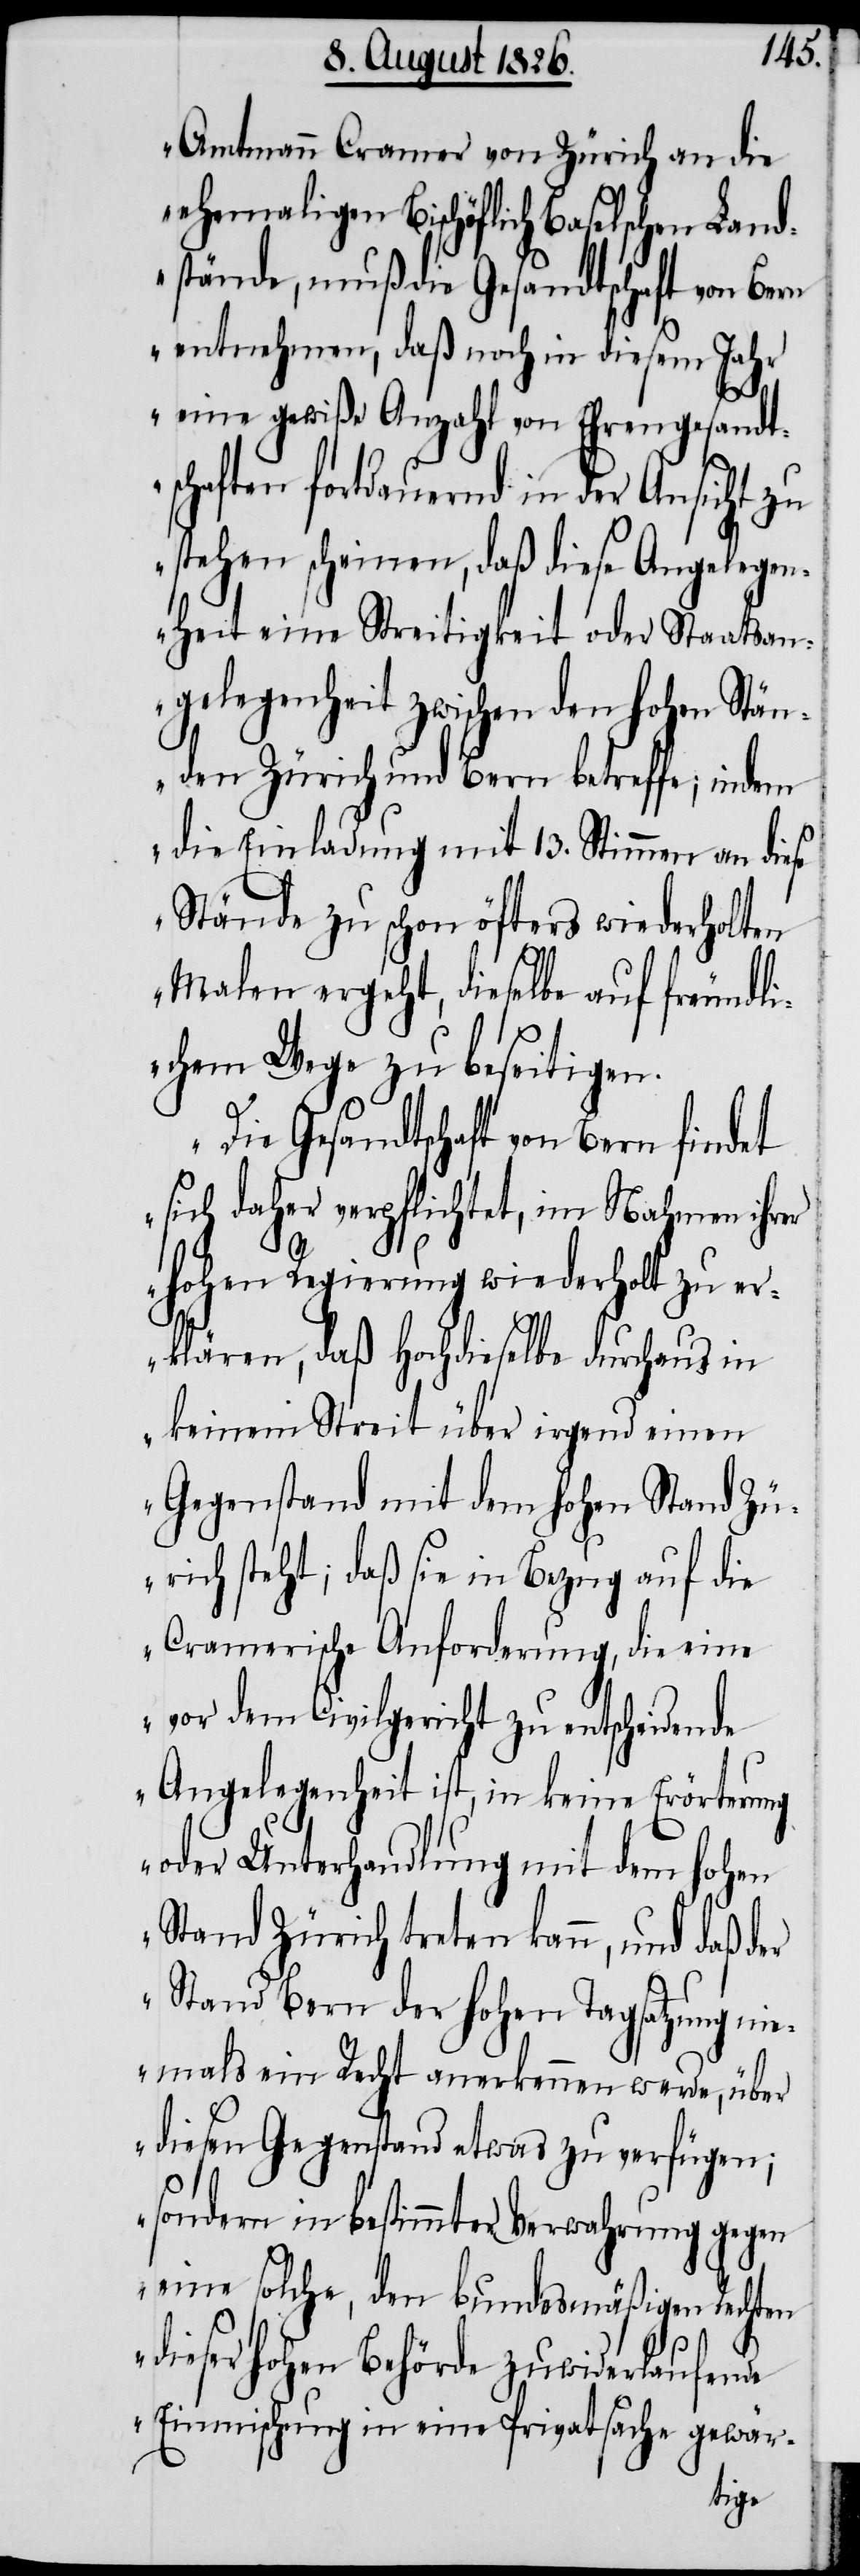
Amtmann Cramer von Zürich an die
ehemaligen Bischöflich Baselschen Land¬
stände, muss die Gesandtschaft von Bern
entnehmen, daß noch in diesem Jahr
eine gewiße Anzahl von Ehrengesandt¬
schaften fortdauernd in der Ansicht zu
stehen scheinen, daß diese Angelegen¬
heit eine Streitigkeit oder Staatsan¬
gelegenheit zwischen den hohen Stän¬
den Zürich und Bern betreffe; indem
die Einladung mit 13. Stimmen an diese
Stände zu schon öfters wiederholten
Malen ergeht, dieselbe auf freundli¬
chem Wege zu beseitigen.
Die Gesandtschaft von Bern findet
sich daher verpflichtet, im Nahmen ihrer
hohen Regierung wiederholt zu er¬
klären, daß Hochdieselbe durchaus in
keinem Streit über irgend einen
Gegenstand mit dem hohen Stand Zü¬
rich steht; daß sie in Bezug auf die
Cramerische Anforderung, die eine
vor dem Civilgericht zu entscheidende
Angelegenheit ist, in keine Erörterung
oder Unterhandlung mit dem hohen
Stand Zürich treten kann, und daß der
Stand Bern der hohen Tagsatzung ni¬
emals ein Recht anerkennen werde, über
diesen Gegenstand etwas zu verfügen;
sondern in bestimmter Verwahrung gegen
eine solche, den bundesmäßigen Rechten
dieser hohen Behörde zuwiderlaufende
Einmischung in eine Privatsache gewär-